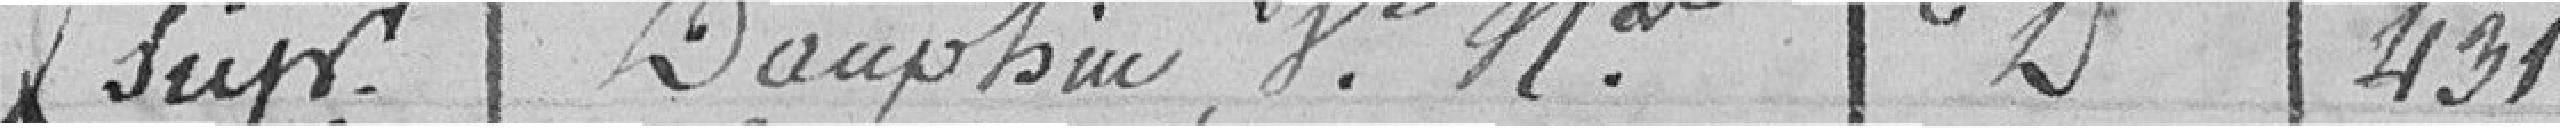
sup Dauphin H. N  D 431